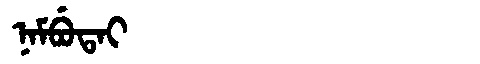
Manchu: ᠨᠠᠮᠪᡠᡨᠠᡳ
Romanization: NAMBUTAI